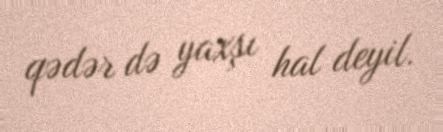
qədər də yaxşı hal deyil.